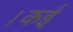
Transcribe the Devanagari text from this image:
।कई